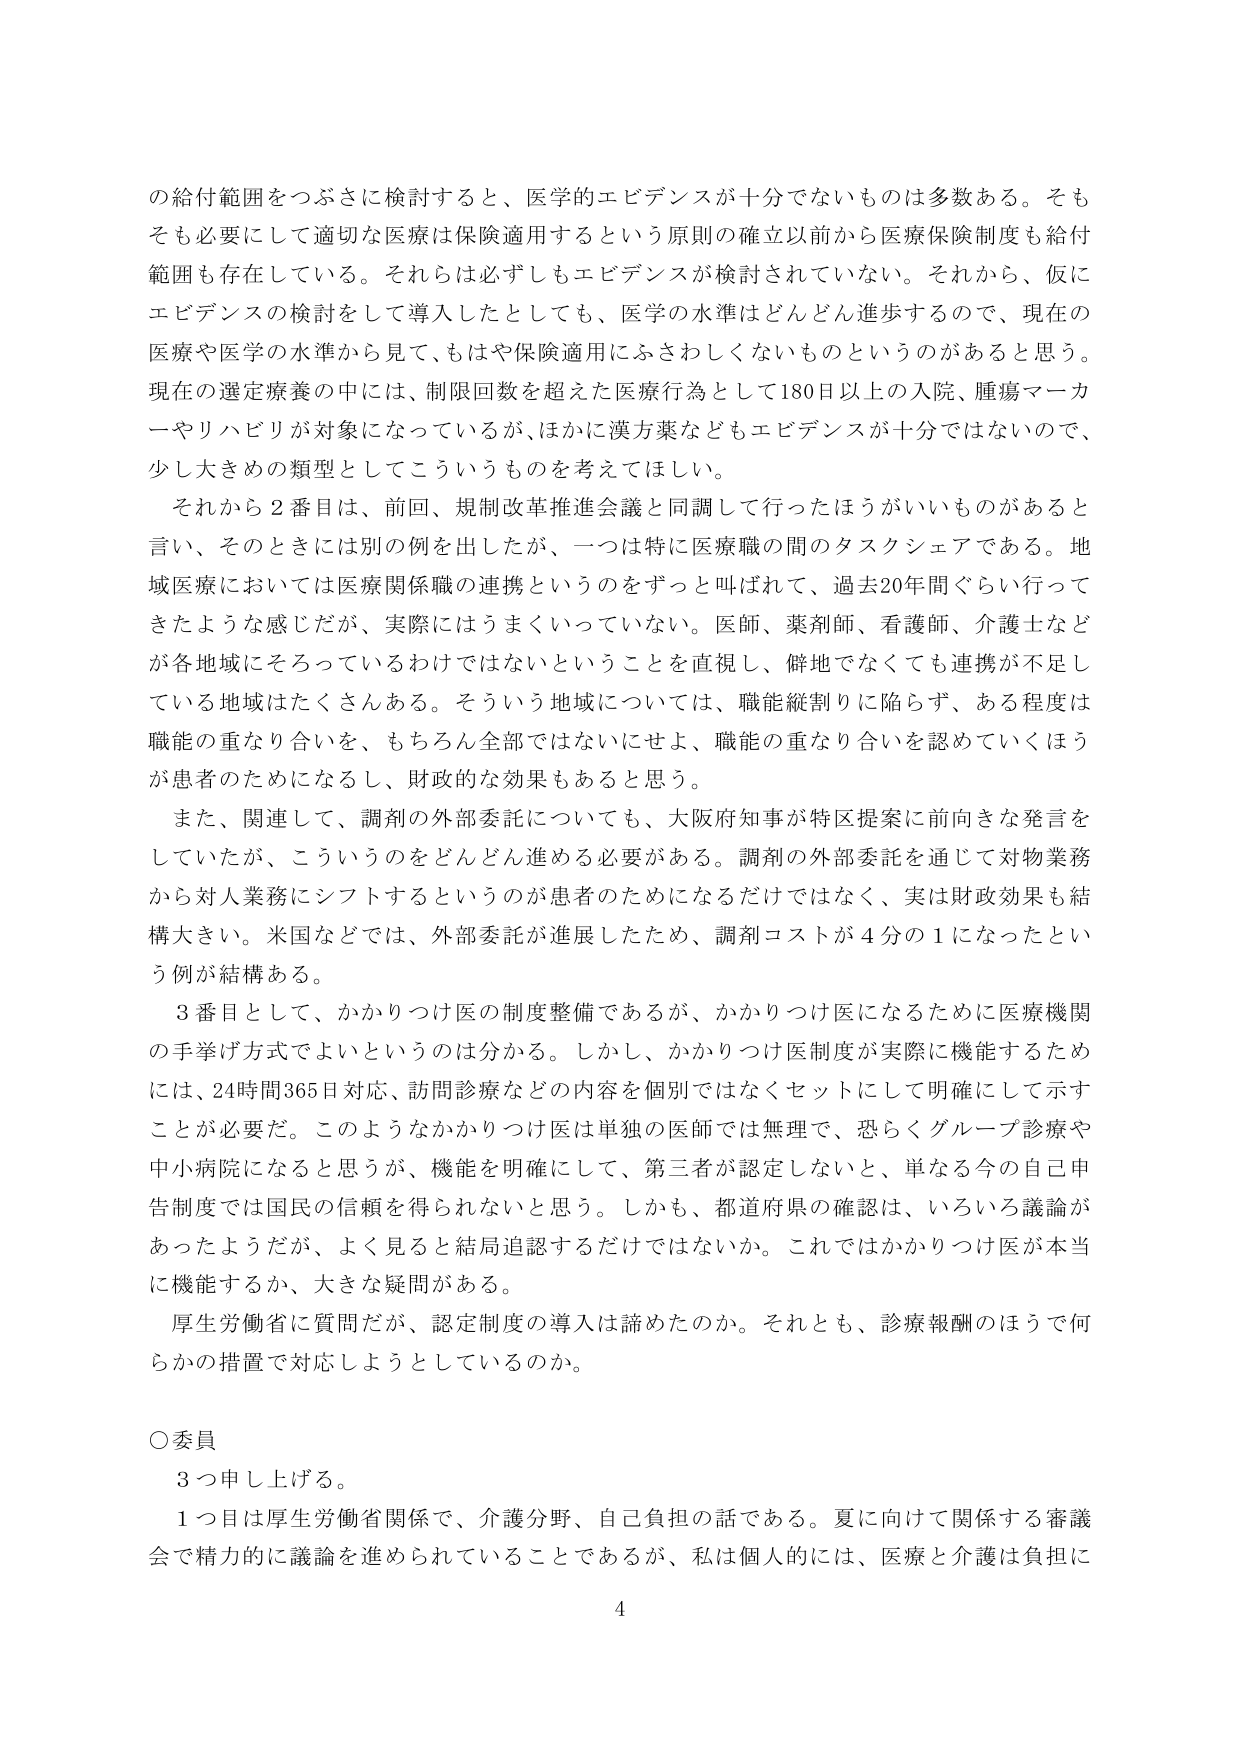
の給付範囲をつぶさに検討すると、医学的エビデンスが十分でないものは多数ある。そもそも必要にして適切な医療は保険適用するという原則の確立以前から医療保険制度も給付範囲も存在している。それらは必ずしもエビデンスが検討されていない。それから、仮にエビデンスの検討をして導入したとしても、医学の水準はどんどん進歩するので、現在の医療や医学の水準から見て、もはや保険適用にふさわしくないものというのがあると思う。現在の選定療養の中には、制限回数を超えた医療行為として180日以上の入院、腫瘍マーカーやリハビリが対象になっているが、ほかに漢方薬などもエビデンスが十分ではないので、少し大きめの類型としてこういうものも考えてほしい。

それから２番目は、前回、規制改革推進会議と同調して行ったほうがいいものがあると言い、そのときには別の例を出したが、一つは特に医療職の間のタスクシェアである。地域医療においては医療関係職の連携というのをずっと呼ばれて、過去20年間ぐらい行ってきたような感じだが、実際にはうまくいっていない。医師、薬剤師、看護師、介護士などが各地域にそろっているわけではないということを直視し、僻地でなくても連携が不足している地域はたくさんある。そういう地域については、職能縦割りに陥らず、ある程度は職能の重なり合いを、もちろん全部ではないにせよ、職能の重なり合いを認めていくほうが患者のためになるし、財政的な効果もあると思う。

また、関連して、調剤の外部委託についても、大阪府知事が特区提案に前向きな発言をしていたが、こういうのをどんどん進める必要がある。調剤の外部委託を通じて対物業務から対人業務にシフトするというのが患者のためになるだけではなく、実は財政効果も結構大きい。米国などでは、外部委託が進展したため、調剤コストが４分の１になったという例が結構ある。

３番目として、かかりつけ医の制度整備であるが、かかりつけ医になるために医療機関の手挙げ方式でよいというのは分かる。しかし、かかりつけ医制度が実際に機能するためには、24時間365日対応、訪問診療などの内容を個別ではなくセットにして明確にして示すことが必要だ。このようなかかりつけ医は単独の医師では無理で、恐らくグループ診療や中小病院になると思うが、機能を明確にして、第三者が認定しないと、単なる今の自己申告制度では国民の信頼を得られないと思う。しかも、都道府県の確認は、いろいろ議論があったようだが、よく見ると結局追認するだけではないか。これではかかりつけ医が本当に機能するか、大きな疑問がある。

厚生労働省に質問だが、認定制度の導入は諦めたのか。それとも、診療報酬のほうで何らかの措置で対応しようとしているのか。

○委員
３つ申し上げる。
１つ目は厚生労働省関係で、介護分野、自己負担の話である。夏に向けて関係する審議会で精力的に議論を進められていることであるが、私は個人的には、医療と介護は負担に

4